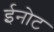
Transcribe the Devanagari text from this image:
ईनोट